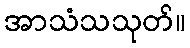
အာသံသသုတ်။